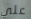
علي